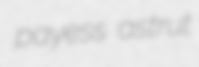
payess astrut